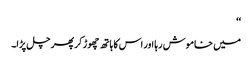
‘‘
میں خاموش رہا اور اس کا ہاتھ چھوڑ کر پھر چل پڑا۔